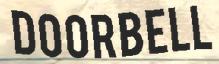
DOORBELL